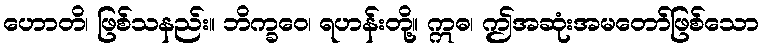
ဟောတိ၊ ဖြစ်သနည်း။ ဘိက္ခဝေ၊ ရဟန်းတို့။ ဣဓ၊ ဤအဆုံးအမတော်ဖြစ်သော